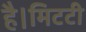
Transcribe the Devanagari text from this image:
है।मिटटी